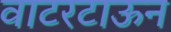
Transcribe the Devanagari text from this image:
वाटरटाऊन